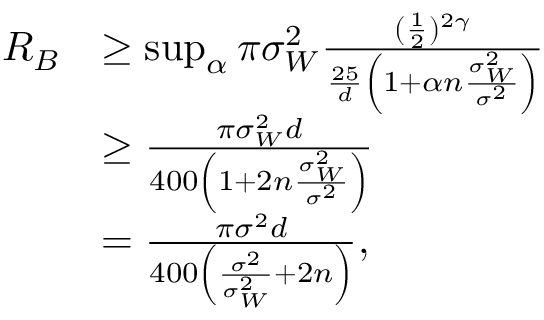
\begin{array} { r l } { R _ { B } } & { \geq \operatorname* { s u p } _ { \alpha } \pi \sigma _ { W } ^ { 2 } \frac { ( \frac { 1 } { 2 } ) ^ { 2 \gamma } } { \frac { 2 5 } { d } \left( 1 + \alpha n \frac { \sigma _ { W } ^ { 2 } } { \sigma ^ { 2 } } \right) } } \\ & { \geq \frac { \pi \sigma _ { W } ^ { 2 } d } { 4 0 0 \left( 1 + 2 n \frac { \sigma _ { W } ^ { 2 } } { \sigma ^ { 2 } } \right) } } \\ & { = \frac { \pi \sigma ^ { 2 } d } { 4 0 0 \left( \frac { \sigma ^ { 2 } } { \sigma _ { W } ^ { 2 } } + 2 n \right) } , } \end{array}